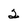
Character: 2